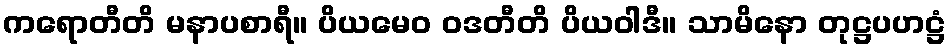
ကရောတီတိ မနာပစာရီ။ ပိယမေဝ ဝဒတီတိ ပိယဝါဒီ။ သာမိနော တုဋ္ဌပဟဋ္ဌံ